Structure of Hæmatopota pluvialis (Meigen) - Number 55
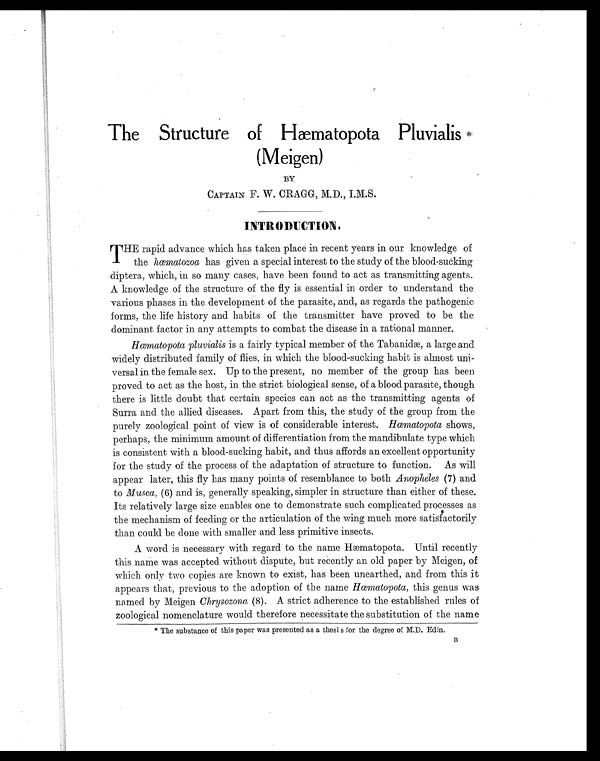
The Structure of H
æmatopota Pluvialis
*
(Meigen)
BY
CAPTAIN F. W. CRAGG, M.D., I.M.S.
INTRODUCTION.
T
HE rapid advance which has taken place in recent years in our knowledge of
the hœmatozoa has given a special interest to the study of the blood-sucking
diptera, which, in so many cases, have been found to act as transmitting agents.
A knowledge of the structure of the fly is essential in order to understand the
various phases in the development of the parasite, and, as regards the pathogenic
forms, the life history and habits of the transmitter have proved to be the
dominant factor in any attempts to combat the disease in a rational manner.
Hœmatopota pluvialis is a fairly typical member of the Tabanidæ, a large and
widely distributed family of flies, in which the blood-sucking habit is almost uni
- versal in the female sex. Up to the present, no member of the group has been
proved to act as the host, in the strict biological sense, of a blood parasite, though
there is little doubt that certain species can act as the transmitting agents of
Surra and the allied diseases. Apart from this, the study of the group from the
purely zoological point of view is of considerable interest. Hœmatopota shows,
perhaps, the minimum amount of differentiation from the mandibulate type which
is consistent with a blood-sucking habit, and thus affords an excellent opportunity
for the study of the process of the adaptation of structure to function. As will
appear later, this fly has many points of resemblance to both Anopheles (7) and
to Musca, (6) and is, generally speaking, simpler in structure than either of these.
Its relatively large size enables one to demonstrate such complicated processes as
the mechanism of feeding or the articulation of the wing much more satisfactorily
than could be done with smaller and less primitive insects.
A word is necessary with regard to the name Hæmatopota. Until recently
this
nam
e was accepted without dispute, but recently an old paper by Meigen, of
which only two copies are known to exist, has been unearthed, and from this it
appears that, previous to the adoption of the name Hœmatopota, this genus was
named by Meigen Chrysozona (8). A strict adherence to the established rules of
zoological nomenclature would therefore necessitate the substitution of the name
* The substance of this paper was presented as a thesis for the degree of M.D. Edin.
B